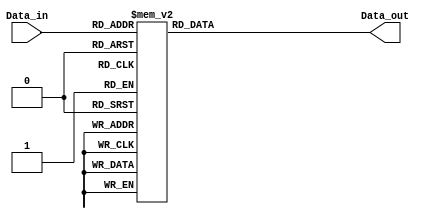
`timescale 1ns / 1ps
//////////////////////////////////////////////////////////////////////////////////
// Company: 
// Engineer: 
// 
// Design Name: 
// Module Name:    D38_tb 
// Project Name: 
// Target Devices: 
// Tool versions: 
// Description: 
//
// Dependencies: 
//
// Revision: 
// Revision 0.01 - File Created
// Additional Comments: 
//
//////////////////////////////////////////////////////////////////////////////////
module D38_tb(
Data_in,
Data_out
    );
input [2:0] Data_in;
output [7:0] Data_out;
reg [7:0] Data_out;
always @(Data_in)
    case (Data_in)   
        3'b000 : Data_out = 8'b00000001;
        3'b001 : Data_out = 8'b00000010;
        3'b010 : Data_out = 8'b00000100;
        3'b011 : Data_out = 8'b00001000;
        3'b100 : Data_out = 8'b00010000;
        3'b101 : Data_out = 8'b00100000;
        3'b110 : Data_out = 8'b01000000;
        3'b111 : Data_out = 8'b10000000;
        
        default : Data_out = 8'b00000000; 
    endcase
endmodule